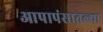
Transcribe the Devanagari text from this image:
आपापंसातल्या